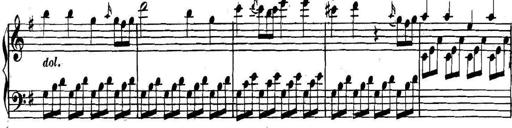
Title: Collected Piano Sonatas
Composer: Muzio Clementi